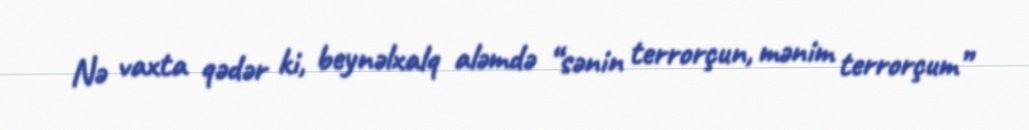
Nə vaxta qədər ki, beynəlxalq aləmdə “sənin terrorçun, mənim terrorçum”